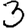
Digit: 3